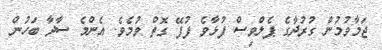
ޖަމާވުމުން ގުރުދާގެ ޕެލްވިސް ފުޅާވެ ފުފޭ ގޮތް ވުމެވެ. އެންމެ ސާދާ ބަހުން